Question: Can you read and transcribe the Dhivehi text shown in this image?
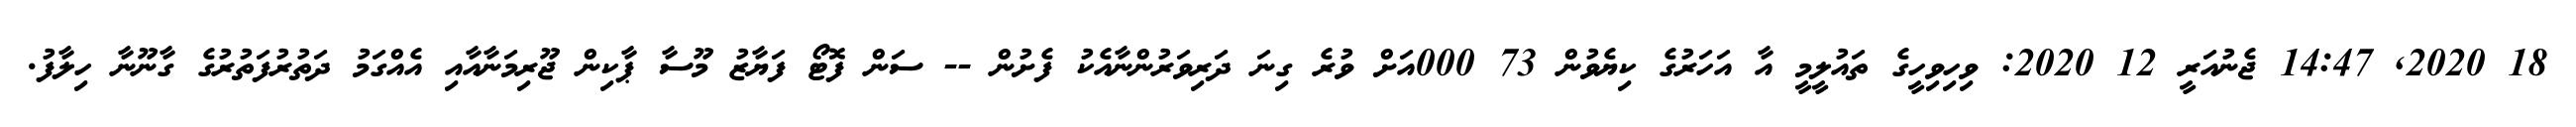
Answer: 18 2020, 14:47 ޖެނުއަރީ 12 2020: ވިހިވިހީގެ ތައުލީމީ އާ އަހަރުގެ ކިޔެވުން 73 000އަށް ވުރެ ގިނަ ދަރިވަރުންނާއެކު ފެށުން -- ސަން ފޮޓޯ ފަޔާޒު މޫސާ ޕާކިން ޖޫރިމަނާއާއި އެއްގަމު ދަތުރުފަތުރުގެ ގާނޫނާ ހިލާފު.